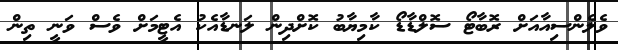
ވެލެންސިއާއަށް ރޮބާޓޯ ސޮލްޑާޑޯ ކާމިޔާބު ކޮށްދިން ލަނޑާއެކު އެޓީމަށް ވެސް ވަނީ ތިން